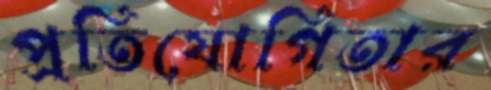
প্রতিযোগিতার